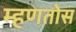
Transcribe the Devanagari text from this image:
म्हणतोस